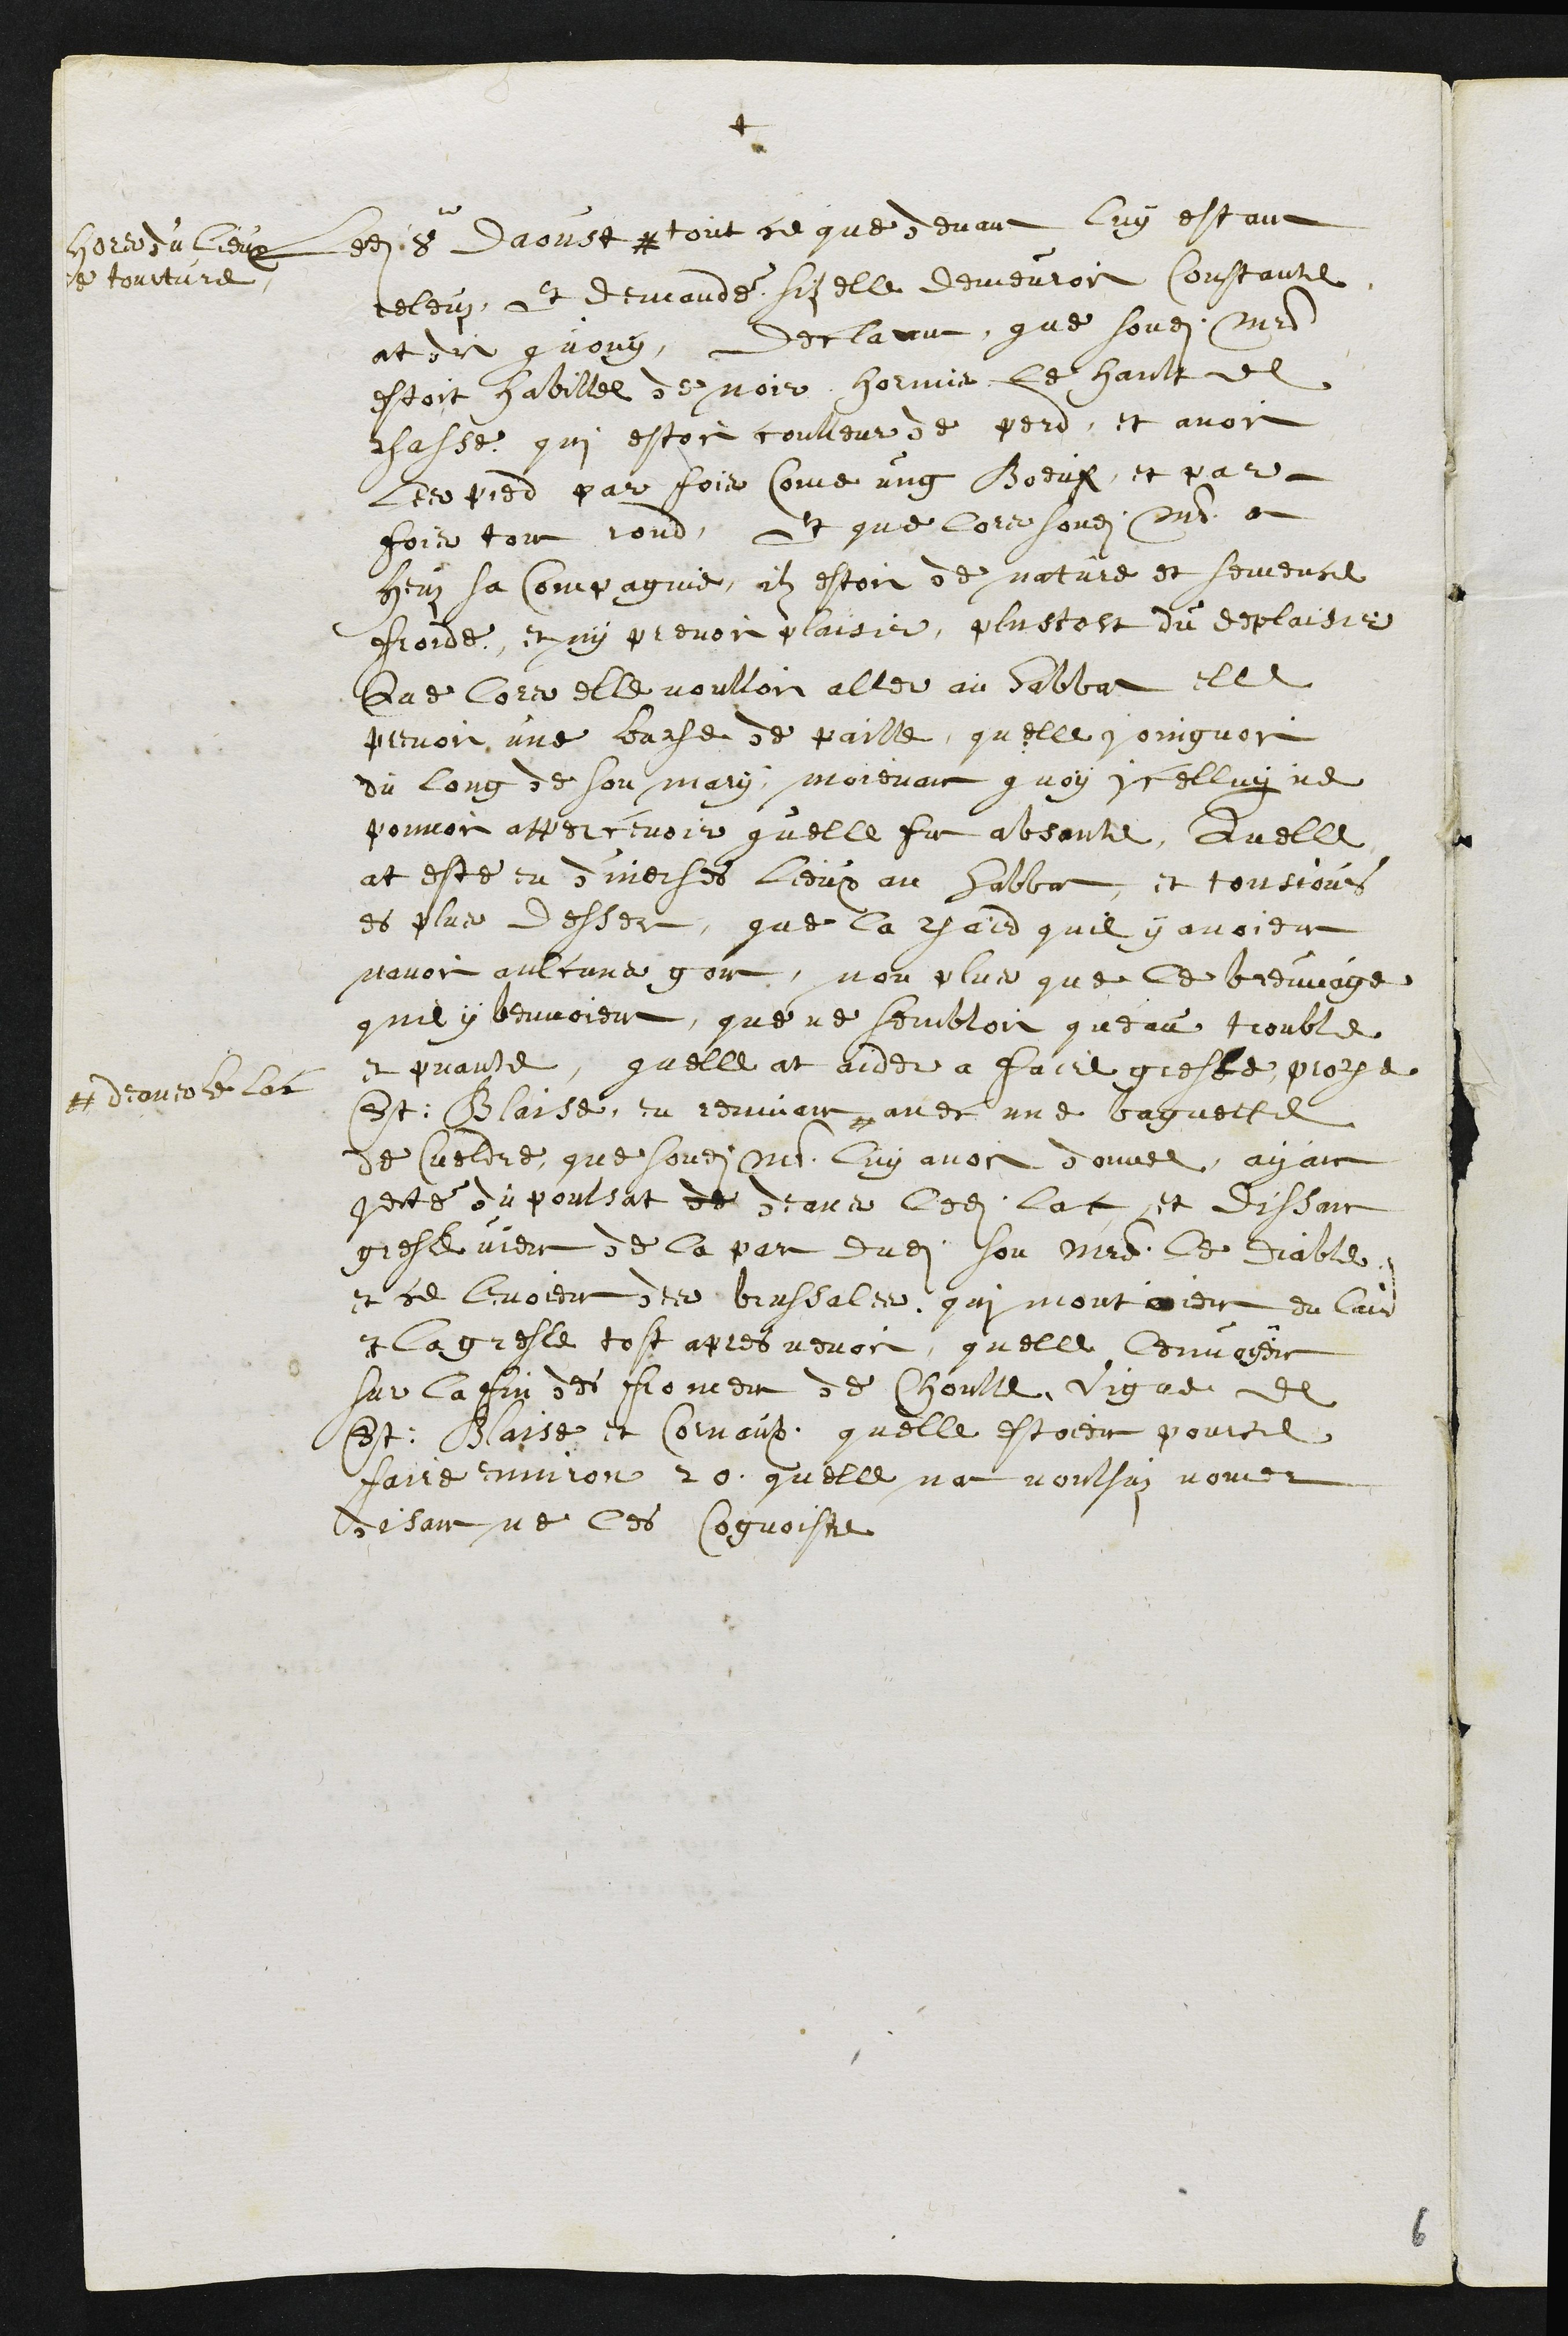
+
Ledit 8e daoust #
hors du lieux
de tourture
tout ce que devant luy estant
releuz, Et demandé si elle demeuroit Constante
at dit quouy, declarrant que sondit maistre
estoit habillee de noir hormis le hault de
chasse qui estoit coulleur de perd, et avoit
Les pied par fois come ung Boeuf, et par
fois tout rond. Et que lors sondit maistre at
heuz sa Compagnie, ilz estoit de nature et semence
froide, et ny prenoit plaisir, plustost du deplaisir
Que lors elle voulloit aller au Sabbat elle
prenoit une bache de paille, quelle joingnoit
du long de son mary, moienant quoy icelluy ne
pouvoit appercevoir quelle fut absante, Quelle
at este en diverses lieux au Sabbat, et tousjours
es plas desser, que la chaird quil y avoient
navoit aulcuns gout, non plus que le breuvage
quil y beuvoient, que ne sembloit queau trouble
et puante, quelle at aider a faire gresle, proche
St: Blaise, en remuant #
# deans le lac
avec une baguette
de Cuoldre, que sondit maistre luy avoit donnee, ayant
jecté du poulsat de deans ledit lac, et dissant
gresle vient de la par dudit son maistre le Diable,
et ce levoient des brussales, qui montoient en lair
et la gresle tost apres venoit, quelle lenvoyent
sur la fin des froment de Choulle, vigne de
St: Blaise et Cornaulx. quelle estoient pource
faire environ 20, qu’elle nat voulsuz nomer
disant ne les Cognoistre
6